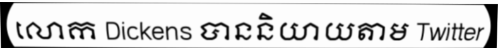
លោក Dickens បាននិយាយតាម Twitter